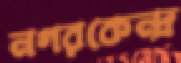
নগরকেন্দ্র